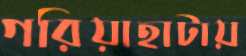
গরিয়াহাটায়